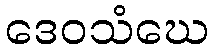
ဒေဝသံဃေ